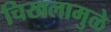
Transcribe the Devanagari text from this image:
चिखलामुळे